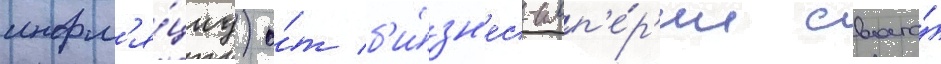
инфл'я́циу) о́т б'и́зн'ес-имп'е́р'ии своего́